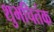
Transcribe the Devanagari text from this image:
शुभचितंक